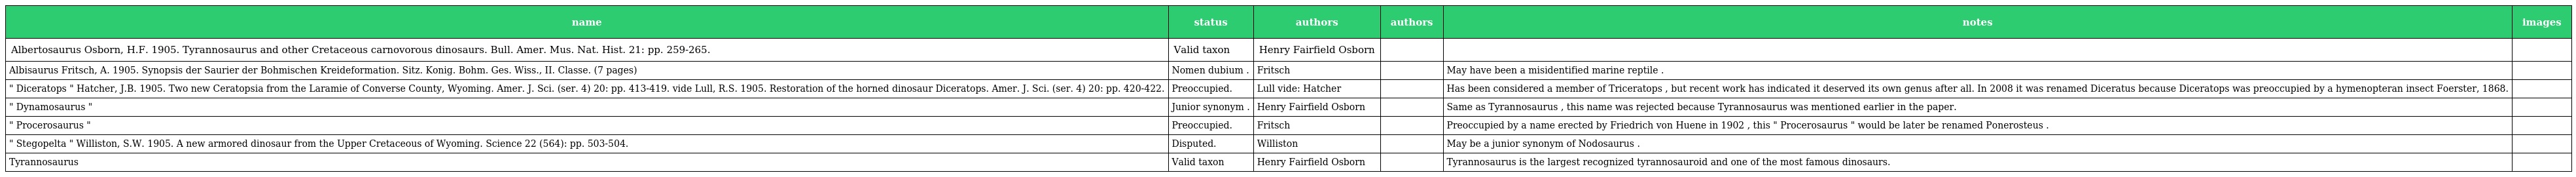
| name | status | authors | authors | notes | images |
 | --- | --- | --- | --- | --- | --- |
 | Albertosaurus Osborn, H.F. 1905. Tyrannosaurus and other Cretaceous carnovorous dinosaurs. Bull. Amer. Mus. Nat. Hist. 21: pp. 259-265. | Valid taxon | Henry Fairfield Osborn |  |  |  |
 | Albisaurus Fritsch, A. 1905. Synopsis der Saurier der Bohmischen Kreideformation. Sitz. Konig. Bohm. Ges. Wiss., II. Classe. (7 pages) | Nomen dubium . | Fritsch |  | May have been a misidentified marine reptile . |  |
 | " Diceratops " Hatcher, J.B. 1905. Two new Ceratopsia from the Laramie of Converse County, Wyoming. Amer. J. Sci. (ser. 4) 20: pp. 413-419. vide Lull, R.S. 1905. Restoration of the horned dinosaur Diceratops. Amer. J. Sci. (ser. 4) 20: pp. 420-422. | Preoccupied. | Lull vide: Hatcher |  | Has been considered a member of Triceratops , but recent work has indicated it deserved its own genus after all. In 2008 it was renamed Diceratus because Diceratops was preoccupied by a hymenopteran insect Foerster, 1868. |  |
 | " Dynamosaurus " | Junior synonym . | Henry Fairfield Osborn |  | Same as Tyrannosaurus , this name was rejected because Tyrannosaurus was mentioned earlier in the paper. |  |
 | " Procerosaurus " | Preoccupied. | Fritsch |  | Preoccupied by a name erected by Friedrich von Huene in 1902 , this " Procerosaurus " would be later be renamed Ponerosteus . |  |
 | " Stegopelta " Williston, S.W. 1905. A new armored dinosaur from the Upper Cretaceous of Wyoming. Science 22 (564): pp. 503-504. | Disputed. | Williston |  | May be a junior synonym of Nodosaurus . |  |
 | Tyrannosaurus | Valid taxon | Henry Fairfield Osborn |  | Tyrannosaurus is the largest recognized tyrannosauroid and one of the most famous dinosaurs. |  |